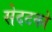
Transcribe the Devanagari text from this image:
सेदटको